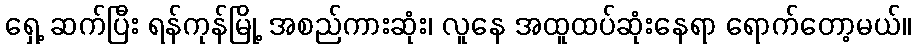
ရှေ့ ဆက်ပြီး ရန်ကုန်မြို့ အစည်ကားဆုံး၊ လူနေ အထူထပ်ဆုံးနေရာ ရောက်တော့မယ်။